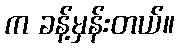
က ခန့်မှန်းတယ်။